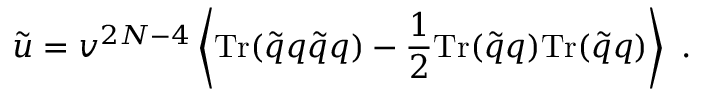
\tilde { u } = v ^ { 2 N - 4 } \left\langle \mathrm { T r } ( \tilde { q } q \tilde { q } q ) - { \frac { 1 } { 2 } } \mathrm { T r } ( \tilde { q } q ) \mathrm { T r } ( \tilde { q } q ) \right\rangle \ .